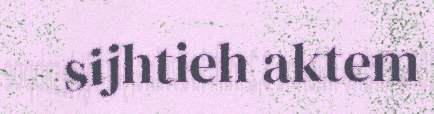
sijhtieh aktem